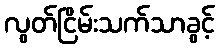
လွတ်ငြိမ်းသက်သာခွင့်